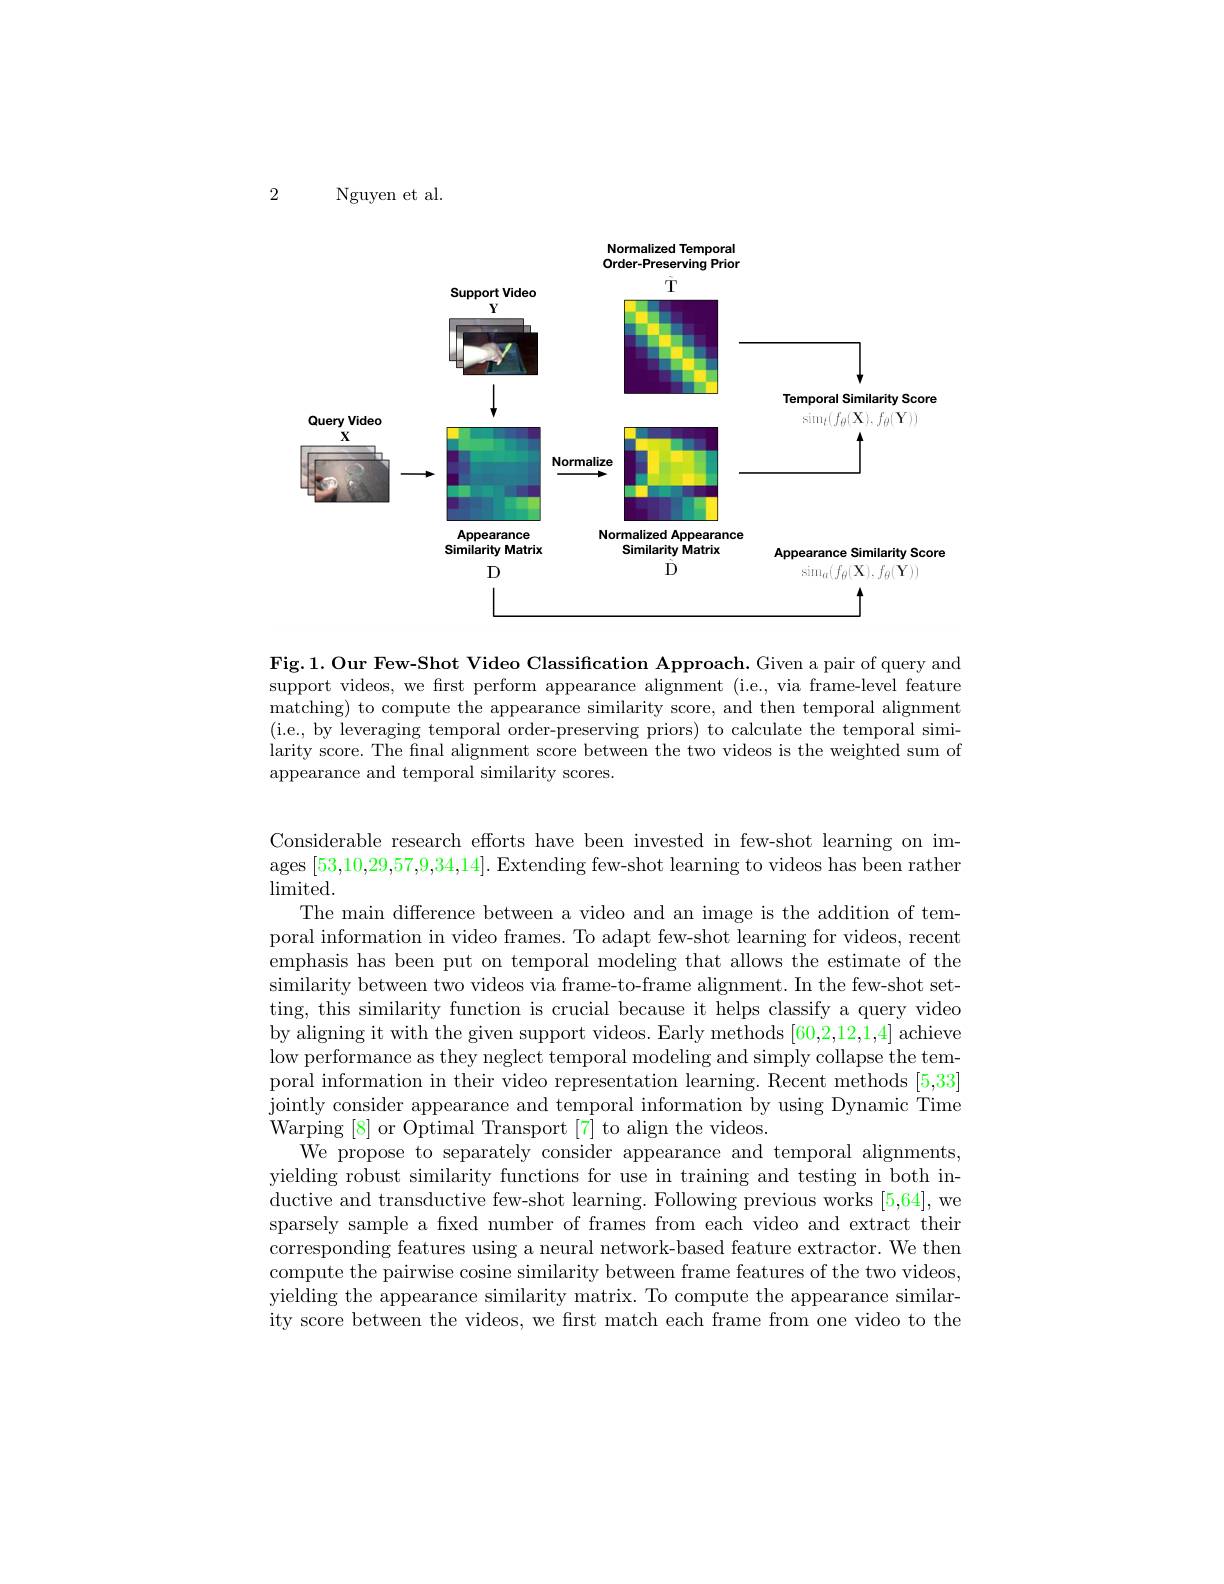
2

Nguyen et al.

<FigureHere>

Fig.1. Our Few-Shot Video Classification Approach. Given a pair of query and support videos, we first perform appearance alignment (i.e., via frame-level feature matching) to compute the appearance similarity score, and then temporal alignment (i.e., by leveraging temporal order-preserving priors) to calculate the temporal similarity score. The final alignment score between the two videos is the weighted sum of appearance and temporal similarity scores.

Considerable research efforts have been invested in few-shot learning on images [53,10,29,57,9,34,14]. Extending few-shot learning to videos has been rather limited.

The main difference between a video and an image is the addition of temporal information in video frames. To adapt few-shot learning for videos, recent emphasis has been put on temporal modeling that allows the estimate of the similarity between two videos via frame-to-frame alignment. In the few-shot setting, this similarity function is crucial because it helps classify a query video by aligning it with the given support videos. Early methods [60,2,12,1,4] achieve low performance as they neglect temporal modeling and simply collapse the temporal information in their video representation learning. Recent methods [5,33] jointly consider appearance and temporal information by using Dynamic Time Warping [8] or Optimal Transport [7] to align the videos.
We propose to separately consider appearance and temporal alignments, yielding robust similarity functions for use in training and testing in both inductive and transductive few-shot learning. Following previous works [5,64], we sparsely sample a fxed number of frames from each video and extract their corresponding features using a neural network-based feature extractor. We then compute the pairwise cosine similarity between frame features of the two videos, yielding the appearance similarity matrix. To compute the appearance similarity score between the videos, we fırst match each frame from one video to the